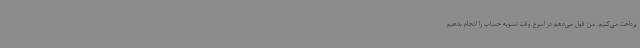
پرداخت می‌کنیم. من قول می‌دهم در اسرع وقت تسویه حساب را انجام بدهیم